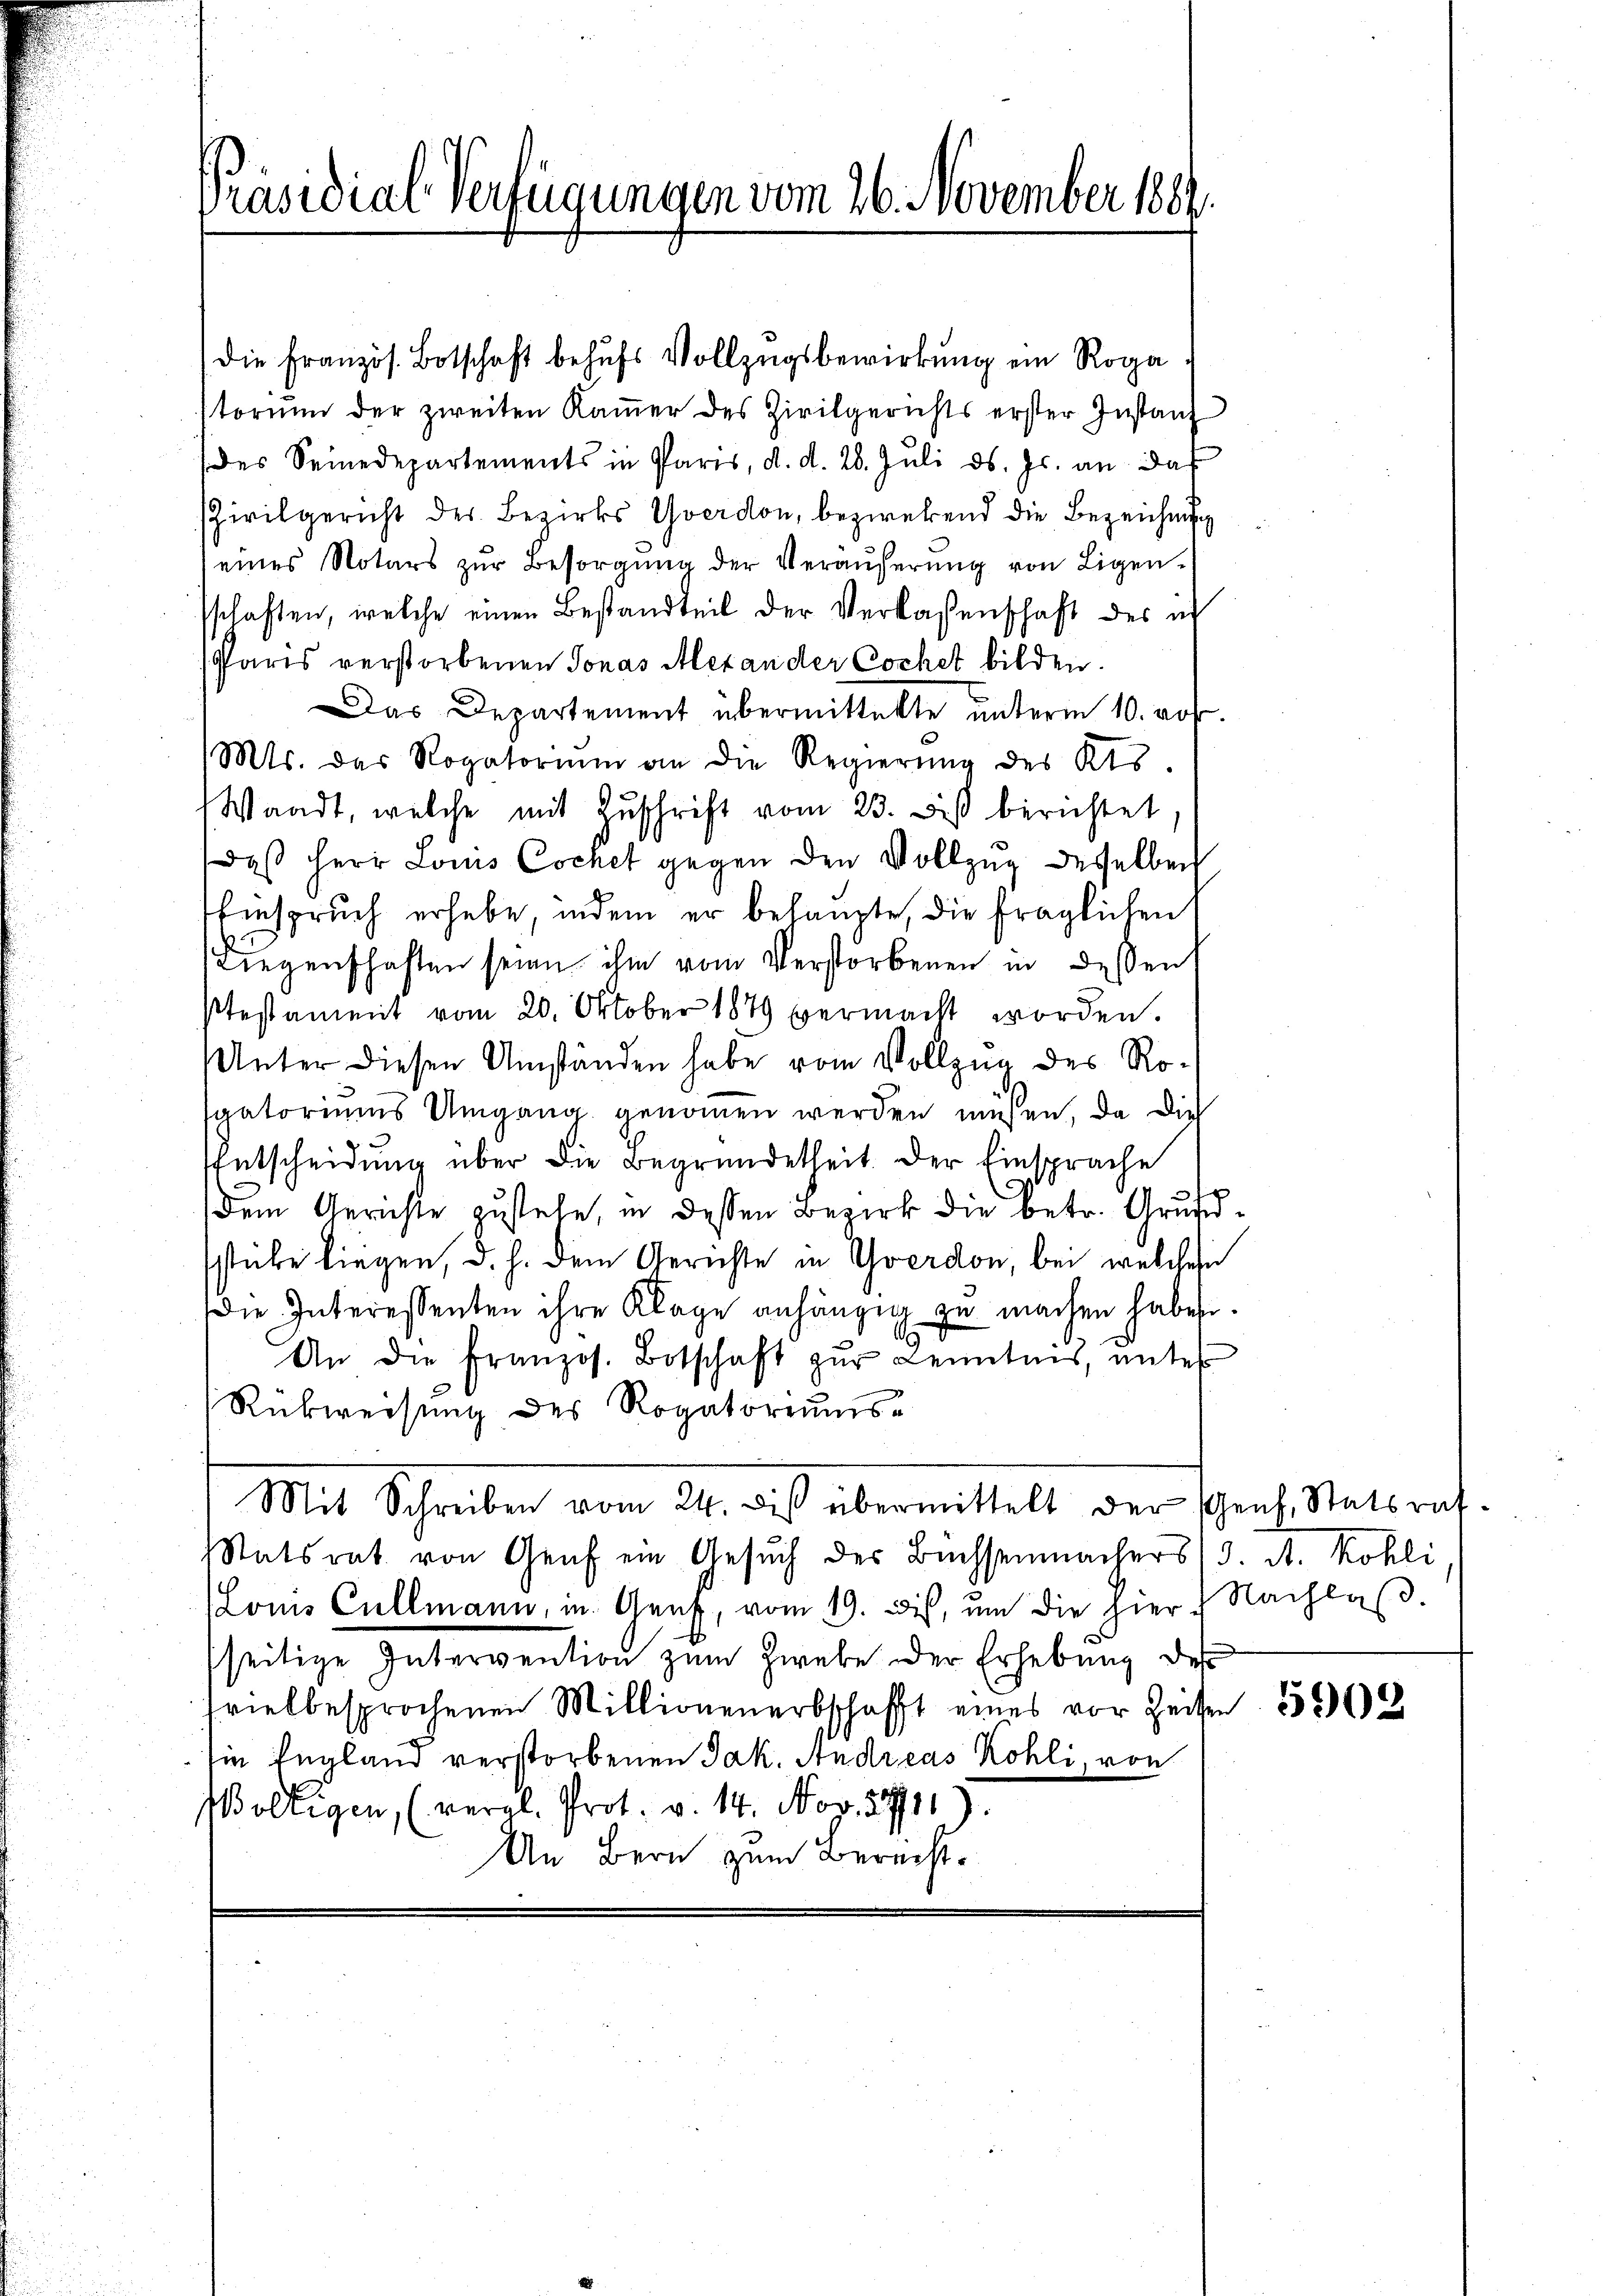
Präsidial-Verfügungen vom 26. November 1889.

storium der zweiten Kaṁer des Zivilgerichts erster Instanz
des Seinedepartements in Paris, d. d. 28. Juli d. Js. an das
Zivilgericht des Bezirks Yverdon, bezwekend die Bezeichnung
(eines Notars zŭr Besorgŭng der Veräŭserŭng von Ligen-
sschaften, welche einen Bestandteil der Verlassenschaft der in
Paris verstorbenen Jonas Alexander Cochet bilden.
Das Departement übermittelte unterm 10. auf.
Mts. des Rogatorium an die Regierŭng des Kts.
Waadt, welche mit Zuschrift vom 23. Des berichtet
daß Herr Louis Cochet gegen den Vollzug desselben
binspruch erhebe, indem er behaupte, die fraglichen
Liegenschaften seien ihm vom Verstorbenen in dessen
Ptestammt vom 20. Oktober 1879 vermacht worden.
Unter diesen Umständen habe vom Vollzug des Rosgatoriums Umgang genommen werden müssen, da die
Entscheidung über die Begründetheit. Der Einsprache
dem Gerichte zustehe, in dessen Bezirk die betr. Grundstube liegen, d. h. dem Gerichte in Yverdon, bei welchen
Die Interessenten ihre Klage anhängig zu machen haben.
An die Französ. Botschaft zŭr Kenntnis, unter
Rückweisung des Rogatoriums-
Mit Schreiben vom 21. des übermittelt der sprech. Natrat.
tatsrat von Genf ein Gesŭch der Bachsenmachers (3. A. Kohli
(Loms Cullmann, in Genf, vom 19. Dis, um die hier Nachlaβ
seitige Intervention zum Zwebe oder Erhebung des
sviel besprochenen Millionenerbschafft eines vor Zeiten
sie England verstorbenen Jak. Andreas Kohli, von
Wolligen, (vergl. Prot. v. 14. Nov. 17711).
An Bern zum Berecht¬

die Französ. Botschaft behufs Vollzugsbewirkung ein Roga

5902